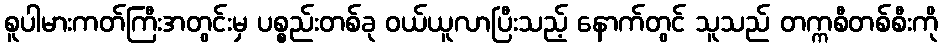
စူပါမားကတ်ကြီးအတွင်းမှ ပစ္စည်းတစ်ခု ဝယ်ယူလာပြီးသည့် နောက်တွင် သူသည် တက္ကစီတစ်စီးကို